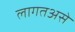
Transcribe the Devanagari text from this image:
लागतअसे